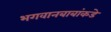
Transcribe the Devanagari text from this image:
भगवानबाबांकडे